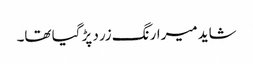
شاید میرارنگ زرد پڑ گیا تھا۔